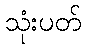
သုံးပတ်